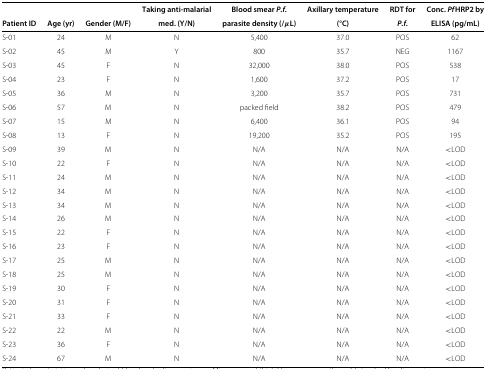
<table><thead><tr><td><b> </b></td><td><b> </b></td><td><b> </b></td><td><b>Taking anti-malarial</b></td><td><b>Blood smear <i>P.f.</i></b></td><td><b>Axillary temperature</b></td><td><b>RDT for</b></td><td><b>Conc. <i>Pf</i>HRP2 by</b></td></tr><tr><td><b>Patient ID</b></td><td><b>Age (yr)</b></td><td><b>Gender (M/F)</b></td><td><b>med. (Y/N)</b></td><td><b>parasite density (/<i>μ</i>L)</b></td><td><b>(°C)</b></td><td><b><i>P.f.</i></b></td><td><b>ELISA (pg/mL)</b></td></tr></thead><tbody><tr><td>S-01</td><td>24</td><td>M</td><td>N</td><td>5,400</td><td>37.0</td><td>POS</td><td>62</td></tr><tr><td>S-02</td><td>45</td><td>M</td><td>Y</td><td>800</td><td>35.7</td><td>NEG</td><td>1167</td></tr><tr><td>S-03</td><td>45</td><td>F</td><td>N</td><td>32,000</td><td>38.0</td><td>POS</td><td>538</td></tr><tr><td>S-04</td><td>23</td><td>F</td><td>N</td><td>1,600</td><td>37.2</td><td>POS</td><td>17</td></tr><tr><td>S-05</td><td>36</td><td>M</td><td>N</td><td>3,200</td><td>35.7</td><td>POS</td><td>731</td></tr><tr><td>S-06</td><td>57</td><td>M</td><td>N</td><td>packed field</td><td>38.2</td><td>POS</td><td>479</td></tr><tr><td>S-07</td><td>15</td><td>M</td><td>N</td><td>6,400</td><td>36.1</td><td>POS</td><td>94</td></tr><tr><td>S-08</td><td>13</td><td>F</td><td>N</td><td>19,200</td><td>35.2</td><td>POS</td><td>195</td></tr><tr><td>S-09</td><td>39</td><td>M</td><td>N</td><td>N/A</td><td>N/A</td><td>N/A</td><td>&lt;LOD</td></tr><tr><td>S-10</td><td>22</td><td>F</td><td>N</td><td>N/A</td><td>N/A</td><td>N/A</td><td>&lt;LOD</td></tr><tr><td>S-11</td><td>24</td><td>M</td><td>N</td><td>N/A</td><td>N/A</td><td>N/A</td><td>&lt;LOD</td></tr><tr><td>S-12</td><td>34</td><td>M</td><td>N</td><td>N/A</td><td>N/A</td><td>N/A</td><td>&lt;LOD</td></tr><tr><td>S-13</td><td>34</td><td>M</td><td>N</td><td>N/A</td><td>N/A</td><td>N/A</td><td>&lt;LOD</td></tr><tr><td>S-14</td><td>26</td><td>M</td><td>N</td><td>N/A</td><td>N/A</td><td>N/A</td><td>&lt;LOD</td></tr><tr><td>S-15</td><td>22</td><td>F</td><td>N</td><td>N/A</td><td>N/A</td><td>N/A</td><td>&lt;LOD</td></tr><tr><td>S-16</td><td>23</td><td>F</td><td>N</td><td>N/A</td><td>N/A</td><td>N/A</td><td>&lt;LOD</td></tr><tr><td>S-17</td><td>25</td><td>M</td><td>N</td><td>N/A</td><td>N/A</td><td>N/A</td><td>&lt;LOD</td></tr><tr><td>S-18</td><td>25</td><td>M</td><td>N</td><td>N/A</td><td>N/A</td><td>N/A</td><td>&lt;LOD</td></tr><tr><td>S-19</td><td>30</td><td>F</td><td>N</td><td>N/A</td><td>N/A</td><td>N/A</td><td>&lt;LOD</td></tr><tr><td>S-20</td><td>31</td><td>F</td><td>N</td><td>N/A</td><td>N/A</td><td>N/A</td><td>&lt;LOD</td></tr><tr><td>S-21</td><td>33</td><td>F</td><td>N</td><td>N/A</td><td>N/A</td><td>N/A</td><td>&lt;LOD</td></tr><tr><td>S-22</td><td>22</td><td>M</td><td>N</td><td>N/A</td><td>N/A</td><td>N/A</td><td>&lt;LOD</td></tr><tr><td>S-23</td><td>36</td><td>F</td><td>N</td><td>N/A</td><td>N/A</td><td>N/A</td><td>&lt;LOD</td></tr><tr><td>S-24</td><td>67</td><td>M</td><td>N</td><td>N/A</td><td>N/A</td><td>N/A</td><td>&lt;LOD</td></tr></tbody></table>